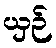
ယှဉ်